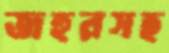
জহুরসহ